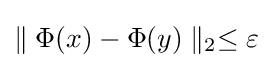
\parallel \Phi (x)-\Phi (y)\parallel _{2}\leq \varepsilon